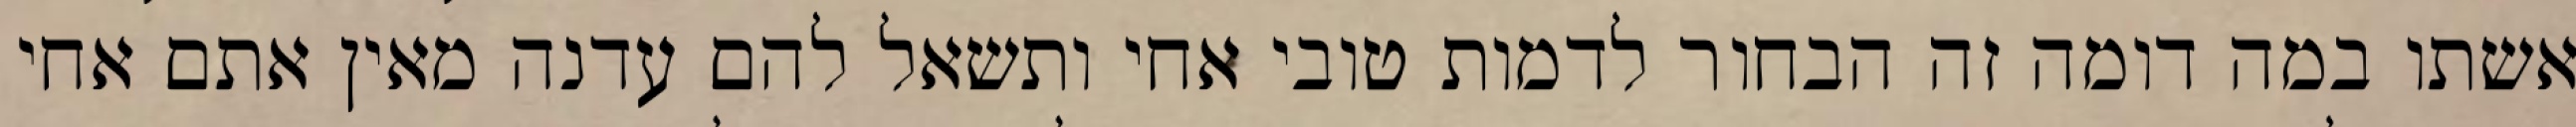
אשתו במה דומה זה הבחור לדמות טובי אחי ותשאל להם עדנה מאין אתם אחי